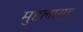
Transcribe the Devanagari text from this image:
मुद्दलासह